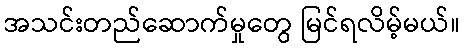
အသင်းတည်ဆောက်မှုတွေ မြင်ရလိမ့်မယ်။